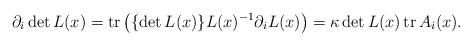
LaTeX: \begin{gather*}\partial_{i}\det L(x) =\operatorname{tr}\big( \{ \det L(x)\} L(x) ^{-1}\partial_{i}L(x)\big) =\kappa\det L(x) \operatorname{tr}A_{i}(x) .\end{gather*}